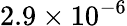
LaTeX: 2.9\times 10^{-6}